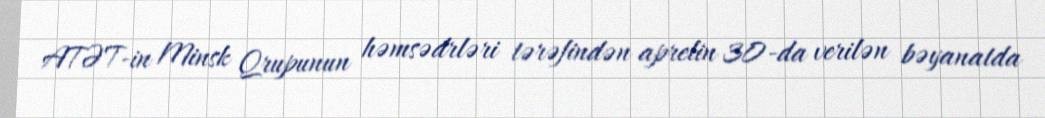
ATƏT-in Minsk Qrupunun həmsədrləri tərəfindən aprelin 30-da verilən bəyanatda